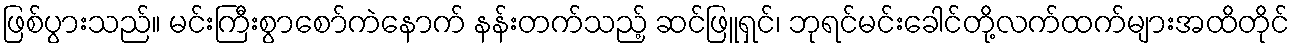
ဖြစ်ပွားသည်။ မင်းကြီးစွာစော်ကဲနောက် နန်းတက်သည့် ဆင်ဖြူရှင်၊ ဘုရင်မင်းခေါင်တို့လက်ထက်များအထိတိုင်